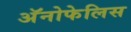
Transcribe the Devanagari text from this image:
अॅनोफेलिस